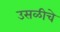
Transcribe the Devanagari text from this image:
उसळीचे